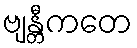
ဗျန္တီကတေ